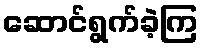
ဆောင်ရွက်ခဲ့ကြ